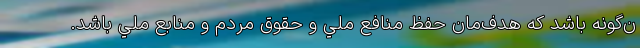
ن‌گونه باشد که هدف‌مان حفظ منافع ملي و حقوق مردم و منابع ملي باشد.